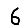
Digit: 6